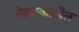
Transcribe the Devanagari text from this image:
नेब्रास्कातील